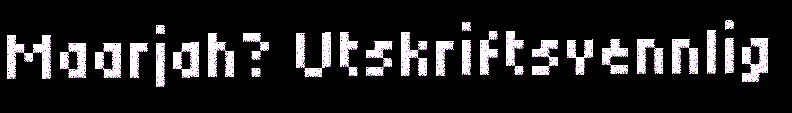
Maarjah? Utskriftsvennlig